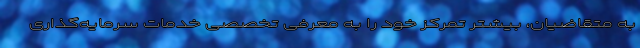
به متقاضیان، بیشتر تمرکز خود را به معرفی تخصصی خدمات سرمایه‌گذاری